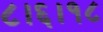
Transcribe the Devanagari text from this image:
८।६।१८